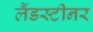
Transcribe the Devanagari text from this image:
लैंडस्टीनर